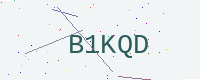
Text: B1KQD